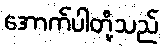
အောက်ပါတို့သည်